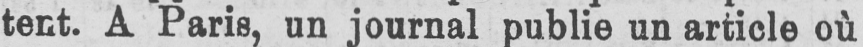
tent. A Paris, un journal publie un article où